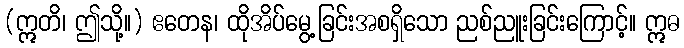
(ဣတိ၊ ဤသို့။) ဧတေန၊ ထိုအိပ်မွေ့ခြင်းအစရှိသော ညစ်ညူးခြင်းကြောင့်။ ဣဓ